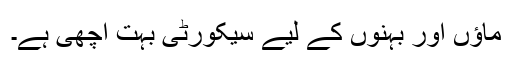
ماﺅں اور بہنوں کے لیے سیکورٹی بہت اچھی ہے۔